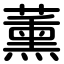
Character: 薰